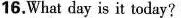
16.What day is it today?